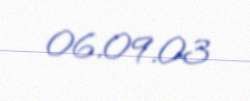
06.09.03